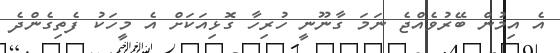
އެ އިމުން ބޭރުވެއްޖެ ނަމަ ގާނޫނީ ހުރިހާ ގޮޅިއަކަށް އެ މީހަކު ފެތިގެންދެ